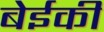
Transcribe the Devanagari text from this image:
बेईकी